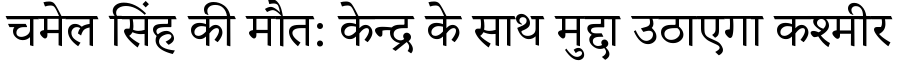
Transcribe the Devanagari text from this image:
चमेल सिंह की मौत: केन्द्र के साथ मुद्दा उठाएगा कश्मीर